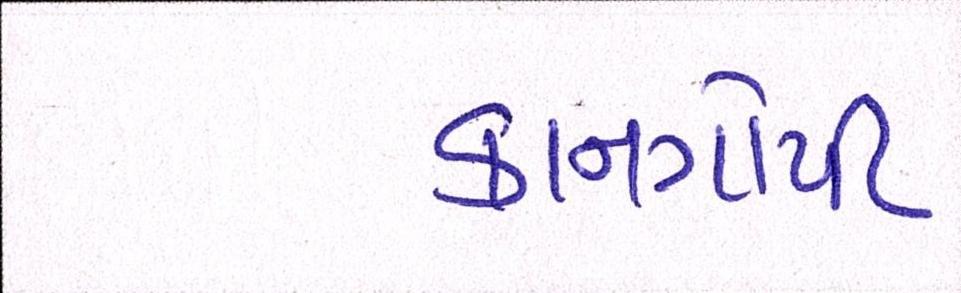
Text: કાનગોપી